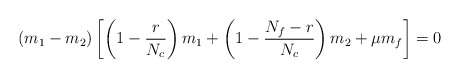
\begin{align*}(m_{1}-m_{2})\left[\left(1-\frac{r}{N_{c}}\right)m_{1}+\left(1-\frac{N_{f}-r}{N_{c}}\right)m_{2}+\mu m_{f}\right]=0\end{align*}